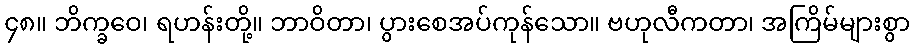
၄၈။ ဘိက္ခဝေ၊ ရဟန်းတို့။ ဘာဝိတာ၊ ပွားစေအပ်ကုန်သော။ ဗဟုလီကတာ၊ အကြိမ်များစွာ